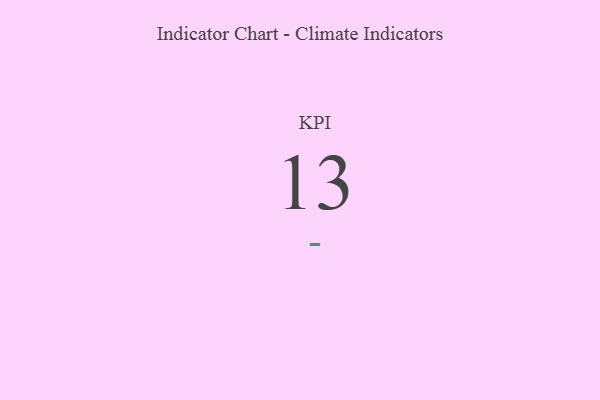
{"axis": {"x": "KPI", "y": "Value"}, "legend": [""], "data": [{"x": "KPI", "y": 13, "type": ""}]}